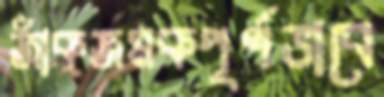
জাঁকজমকপূর্ণভাবে